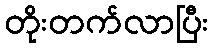
တိုးတက်လာပြီး